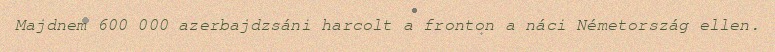
Majdnem 600 000 azerbajdzsáni harcolt a fronton a náci Németország ellen.